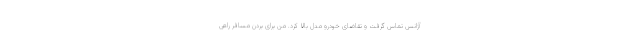
آژانس تماس گرفت و تقاضای خودرو مدل بالا کرد. من برای بردن مسافر راهی